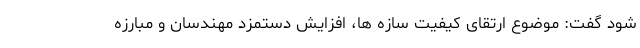
شود گفت: موضوع ارتقای کیفیت سازه ها، افزایش دستمزد مهندسان و مبارزه